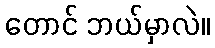
တောင် ဘယ်မှာလဲ။